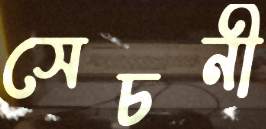
সেচনী